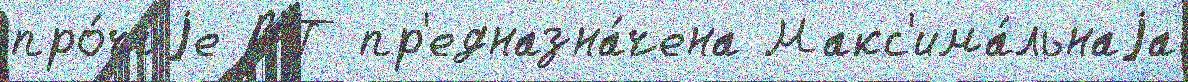
про́чиjе ВП пр'едназна́чена Макс'има́льнаjа